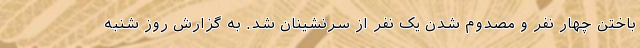
باختن چهار نفر و مصدوم شدن یک نفر از سرنشینان شد. به گزارش روز شنبه